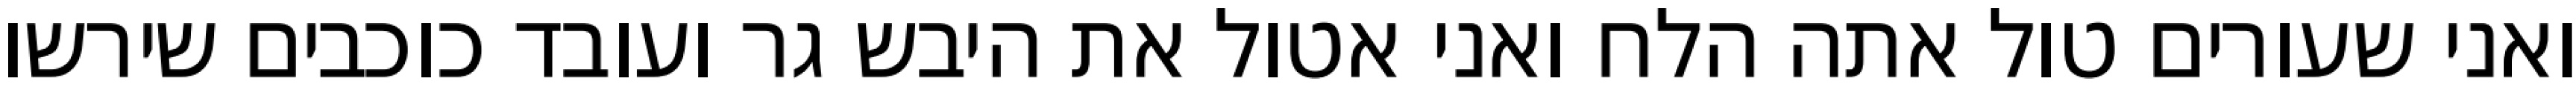
ואני שעורים טול אתה הלח ואני אטול את היבש גר ועובד כוכבים שירשו